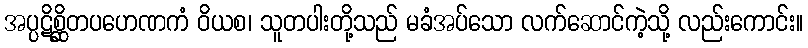
အပ္ပဋိစ္ဆိတပဟေဏကံ ဝိယစ၊ သူတပါးတို့သည် မခံအပ်သော လက်ဆောင်ကဲ့သို့ လည်းကောင်း။